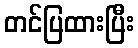
တင်ပြထားပြီး